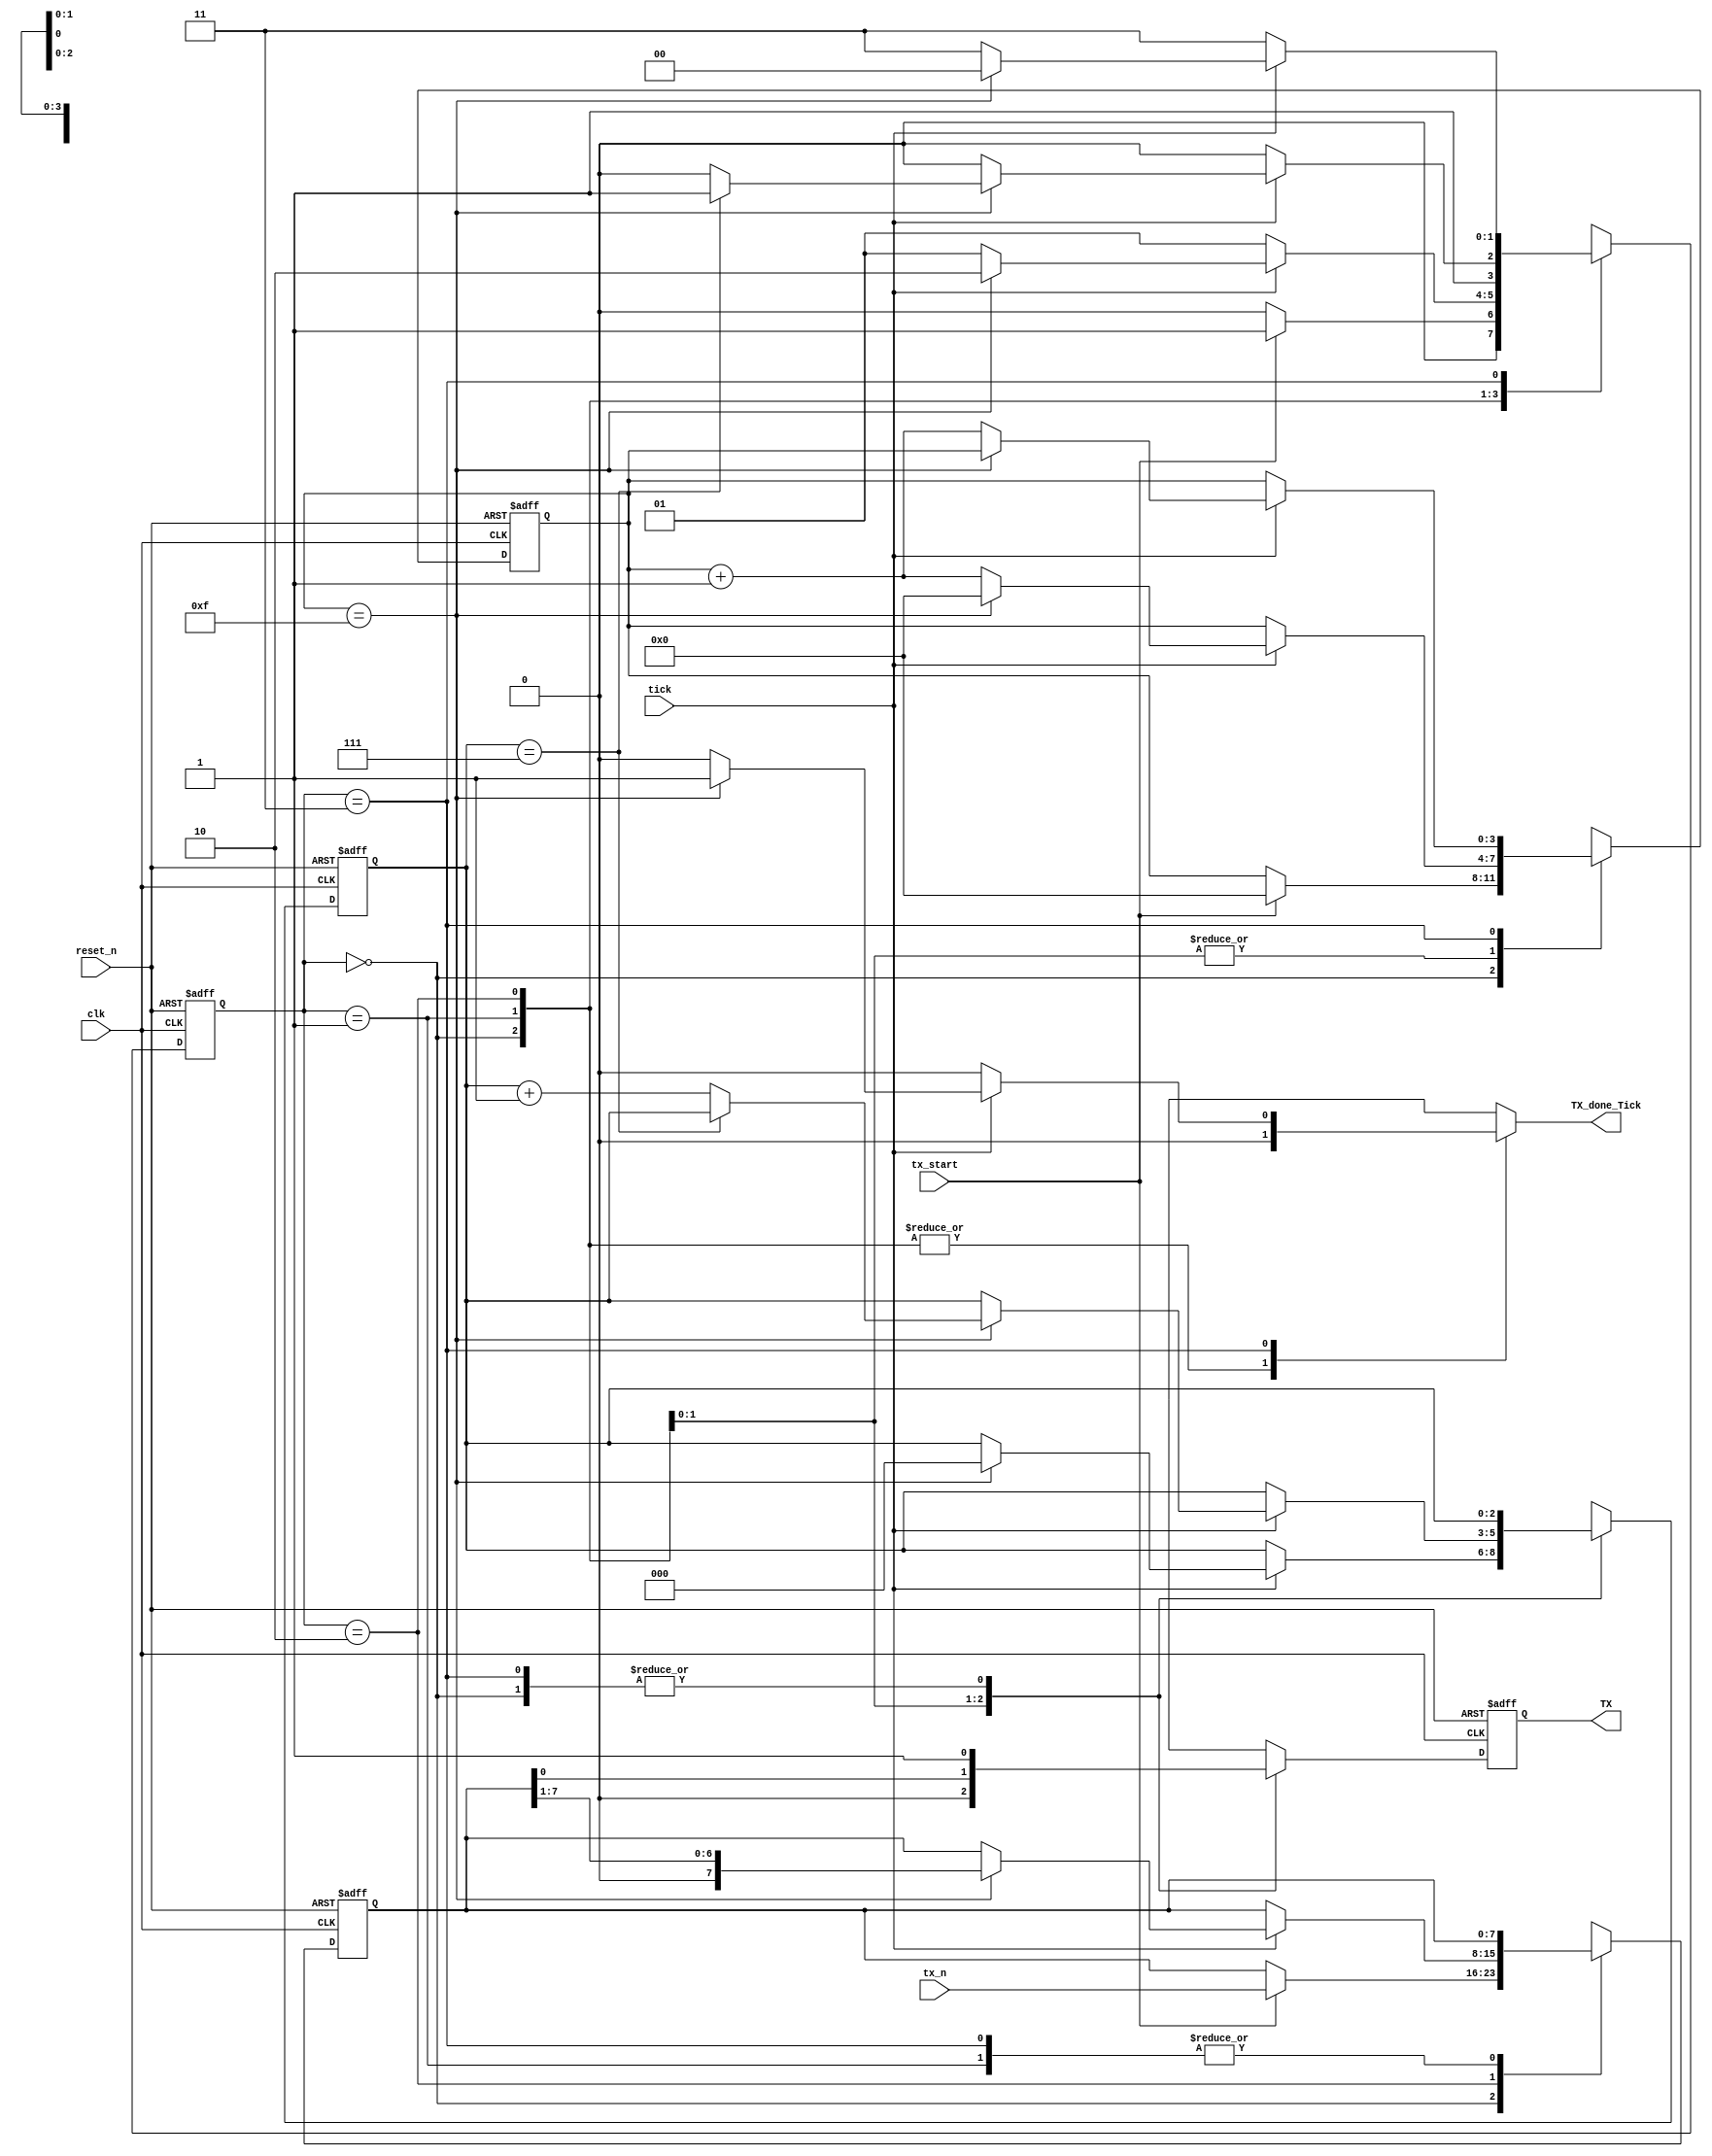
`timescale 1ns / 1ps
//////////////////////////////////////////////////////////////////////////////////
// Company: 
// Engineer: 
// 
// Design Name: 
// Module Name: UART_TX
// Project Name: 
// Target Devices: 
// Tool Versions: 
// Description: 
// 
// Dependencies: 
// 
// Revision:
// Revision 0.01 - File Created
// Additional Comments:
// 
//////////////////////////////////////////////////////////////////////////////////


module UART_TX 
    #(parameter D_bits = 8 , S_TICKS = 16)(
    input clk,
    input reset_n,
    input [D_bits-1 : 0] tx_n ,
    input tx_start,
    input tick,
    output TX,
    output reg TX_done_Tick
    );
    
     reg [1:0] state_reg , state_next ;
     reg [3:0] s_reg , s_next ;
     reg [2:0] n_reg , n_next;
     reg [D_bits-1:0] data_reg,data_next;
     reg t_reg , t_next ; 
     localparam IDLE  = 0,
               START = 1,
               DATA  = 2,
               STOP  = 3;
               
     always @(posedge clk , negedge reset_n) begin
            if(!reset_n)
                begin
                 state_reg <= IDLE ;
                n_reg <= 0;
                s_reg <= 0;
                data_reg <= 0;
                t_reg<= 1'b1;
                end
             else
              begin
                state_reg <= state_next;
                n_reg <= n_next;
                s_reg <= s_next;
                data_reg <= data_next ;
                t_reg <= t_next;
            end
         end
         
         always@(*) begin
        TX_done_Tick = 0;
        s_next=s_reg;
        n_next= n_reg;
        data_next =data_reg ;
        t_next = t_reg;
         
         case(state_reg)
         IDLE : begin
                t_next= 1'b1 ;
                if(tx_start)
                    begin
                        s_next = 0;
                        data_next = tx_n;
                        state_next = START ;
                    end
                else
                    state_next = IDLE;
                 
            end
          
         START : begin
            t_next= 1'b0 ;
            if(tick)
                begin
                    if(s_reg == 15 )
                        begin
                            s_next = 0;
                            n_next = 0;
                            state_next = DATA ;
                        end
                    else
                        begin
                            s_next = s_reg +1 ;
                            state_next = START ;
                        end           
                end
               else
                    state_next = START ;
            
         end
         DATA : begin
            t_next = data_reg[0];
            if(tick)
                 begin
                    if(s_reg == 15)
                        begin
                            s_next = 0;
                            data_next = data_reg >>1;
                                if(n_reg == (D_bits -1))
                                    begin
                                        state_next = STOP;
                                    end
                                else
                                    begin
                                        n_next = n_reg +1 ;
                                        state_next = DATA;
                                    end
                        end
                     else
                        begin
                            s_next = s_reg + 1;
                            state_next = DATA;
                        end
                 end
               else
                state_next = DATA;
            
         end
         
         STOP : begin
                 t_next = 1'b1;
                 if(tick)
                  begin
                        if(s_reg == (S_TICKS -1))
                            begin
                                TX_done_Tick = 1'b1;
                                state_next = IDLE;
                                
                            end
                        else
                            begin
                                s_next = s_reg +1;
                                state_next = STOP;
                            end
                        
                  end  
                 else
                    state_next = STOP;
          end      
          
          default : state_next = IDLE;
         endcase
         end
         
   assign TX = t_reg;
endmodule